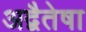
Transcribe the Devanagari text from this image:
अद्वैतेषा